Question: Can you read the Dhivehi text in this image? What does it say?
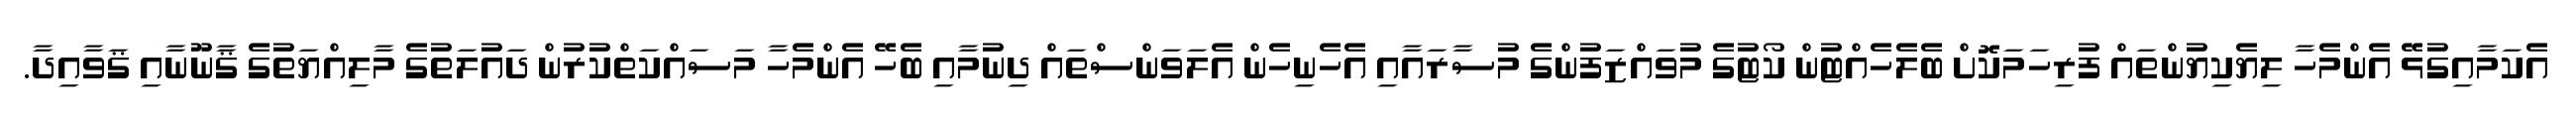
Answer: އެކަމާއިގުޅޭ އެންމެހާ ލިޔެކިޔުންތައް ފުރިހަމަކޮށް ބެލެހެއްޓުން ކޯޓުގެ މުވައްޒަފުންގެ މުސާރައާއި އެހެނިހެން އެލަވަންސްތައް ދިނުމާއި ބެހޭ އެންމެހާ މަސައްކަތްކުރުން ދައުލަތުގެ މާލިއްޔަތުގެ ޤާނޫނާއި ޤަވާއިދާ.